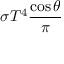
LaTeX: \sigma T ^ { 4 } { \frac { \cos \theta } { \pi } }